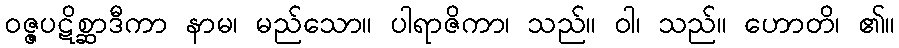
ဝဇ္ဇပဋိစ္ဆာဒီကာ နာမ၊ မည်သော။ ပါရာဇိကာ၊ သည်။ ဝါ၊ သည်။ ဟောတိ၊ ၏။